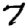
Digit: 7